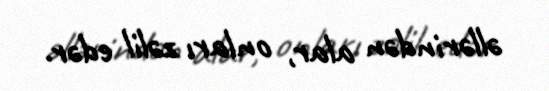
əllərindən alar, onları zəlil edər.